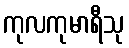
ကုလကုမာရီသု